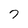
Character: 7